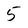
Character: 5